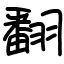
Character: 翻